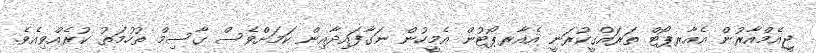
ޖީއެމްއާރުން އެއާރޕޯޓް ތަރައްގީކުރަނީ އެއާރޕޯޓުން އެމީހުން ނަގާފައިދާއިން ކަމަށްވެސް ގާސިމް ތުހުމަތު ކުރެއްވިއެވެ.